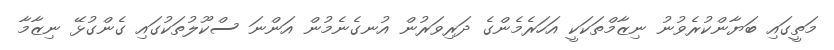
މަތީގައި ބަޔާންކުރެވުނު ނިޒާމްތަކަކީ އަހަރެމެންގެ ދަރިވަރުން އުނގެނެމުން އަންނަ ސްކޫލުތަކުގައި ގެންގުޅޭ ނިޒާމާ